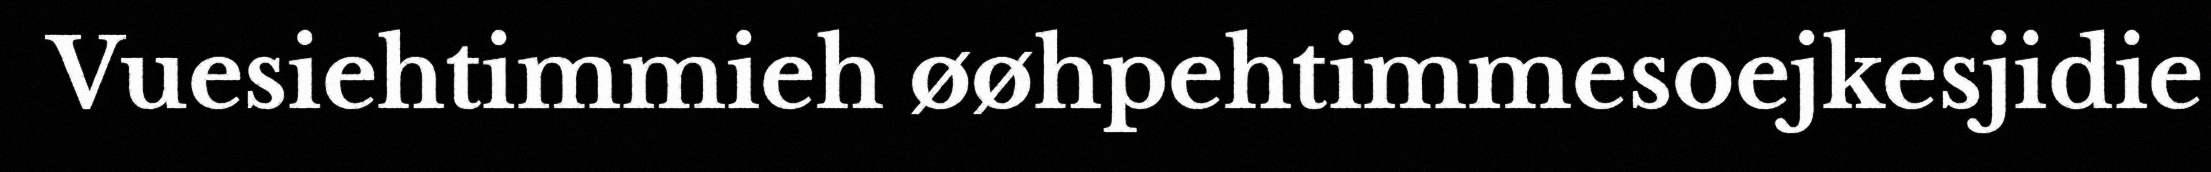
Vuesiehtimmieh øøhpehtimmesoejkesjidie